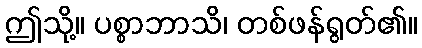
ဤသို့။ ပစ္စာဘာသိ၊ တစ်ဖန်ရွတ်၏။